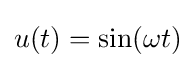
u(t)=\sin(\omega t)